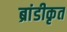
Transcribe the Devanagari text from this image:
ब्रांडीकृत